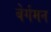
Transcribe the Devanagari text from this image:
बेर्गमन